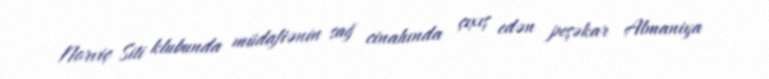
Norviç Siti klubunda müdafiənin sağ cinahında çıxış edən peşəkar Almaniya